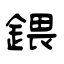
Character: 鍡